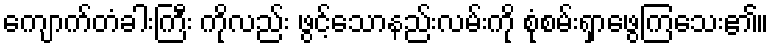
ကျောက်တံခါးကြီး ကိုလည်း ဖွင့်သောနည်းလမ်းကို စုံစမ်းရှာဖွေကြသေး၏။